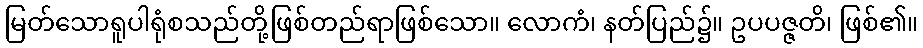
မြတ်သောရူပါရုံစသည်တို့ဖြစ်တည်ရာဖြစ်သော။ လောကံ၊ နတ်ပြည်၌။ ဥပပဇ္ဇတိ၊ ဖြစ်၏။